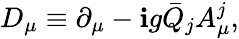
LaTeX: D_{\mu}\equiv\partial_{\mu}-\mathbf{i}g{\bar{{Q}}_{j}}A_{\mu}^{j},